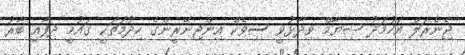
ޖެނެރަލް އަހުމަދު ޝިޔާމް ވިދާޅުވީ ސިވެކް އިންޖިނޭރީންގެ ހިދުމަތަކީ ގައުމީ ދިފާއީ ބާރު